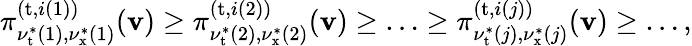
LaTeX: \begin{array}{r}{\pi_{\nu_{\mathrm{t}}^{*}(1),\nu_{\mathrm{x}}^{*}(1)}^{(\mathrm{t},i(1))}(\mathbf{v})\geq\pi_{\nu_{\mathrm{t}}^{*}(2),\nu_{\mathrm{x}}^{*}(2)}^{(\mathrm{t},i(2))}(\mathbf{v})\geq\ldots\geq\pi_{\nu_{\mathrm{t}}^{*}(j),\nu_{\mathrm{x}}^{*}(j)}^{(\mathrm{t},i(j))}(\mathbf{v})\geq\ldots,}\end{array}